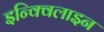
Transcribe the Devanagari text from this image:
इन्क्विलाइन